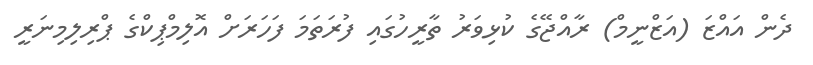
ދެން އައްޒަ (އަޒްނީމް) ރާއްޖޭގެ ކުޅިވަރު ތާރީހުގައި ފުރަތަމަ ފަހަރަށް އޮލިމްޕިކްގެ ޕްރިލިމިނަރީ